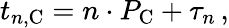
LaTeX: t_{n,\mathrm C}=n\cdot P_{\mathrm C}+\tau_{n}\, ,